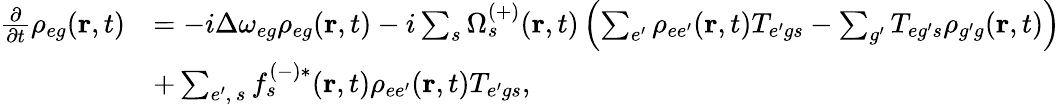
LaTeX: \begin{array}{rl}{\frac{\partial}{\partial t}\rho_{{eg}}(\textbf{r},t)}&{=-i\Delta\omega_{{eg}}\rho_{{eg}}(\textbf{r},t)-i\sum_{s}\Omega_{s}^{(+)}(\textbf{r},t)\left(\sum_{e^{\prime}}\rho_{{ee^{\prime}}}(\textbf{r},t)T_{{e^{\prime}g}s}-\sum_{g^{\prime}}T_{{eg^{\prime}}s}\rho_{{g^{\prime}g}}(\textbf{r},t)\right)}\\ &{+\sum_{e^{\prime},\, s}f_{s}^{(-)*}(\textbf{r},t)\rho_{{ee^{\prime}}}(\textbf{r},t)T_{{e^{\prime}g}s},}\end{array}